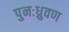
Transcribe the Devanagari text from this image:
पुनःध्रुवण